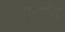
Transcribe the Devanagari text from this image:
भूतादिक